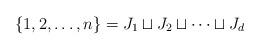
LaTeX: \begin{align*}\{1, 2, \dotsc, n\} = J_1 \sqcup J_2 \sqcup \dotsb \sqcup J_d\end{align*}